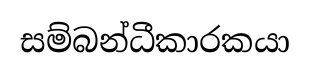
සම්බන්ධීකාරකයා